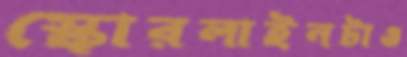
স্কোরলাইনটাও